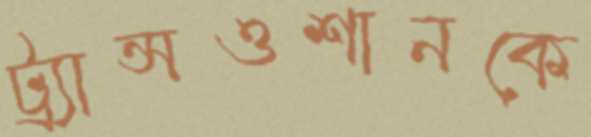
ট্র্যান্সওশানকে